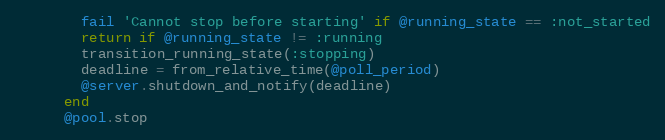
Language: Ruby
        fail 'Cannot stop before starting' if @running_state == :not_started
        return if @running_state != :running
        transition_running_state(:stopping)
        deadline = from_relative_time(@poll_period)
        @server.shutdown_and_notify(deadline)
      end
      @pool.stop